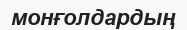
монғолдардың